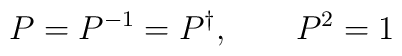
P=P^{-1}=P^{\dagger },\qquad P^{2}=1